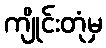
ကျိုင်းတုံမှ